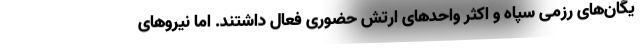
یگان‌های رزمی سپاه و اکثر واحدهای ارتش حضوری فعال داشتند. اما نیروهای